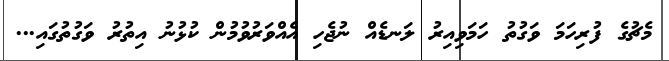
މެޗުގެ ފުރިހަމަ ވަގުތު ހަމަވިއިރު ލަނޑެއް ނުޖެހި އެއްވަރުވުމުން ކުޅުނު އިތުރު ވަގުތުގައި...